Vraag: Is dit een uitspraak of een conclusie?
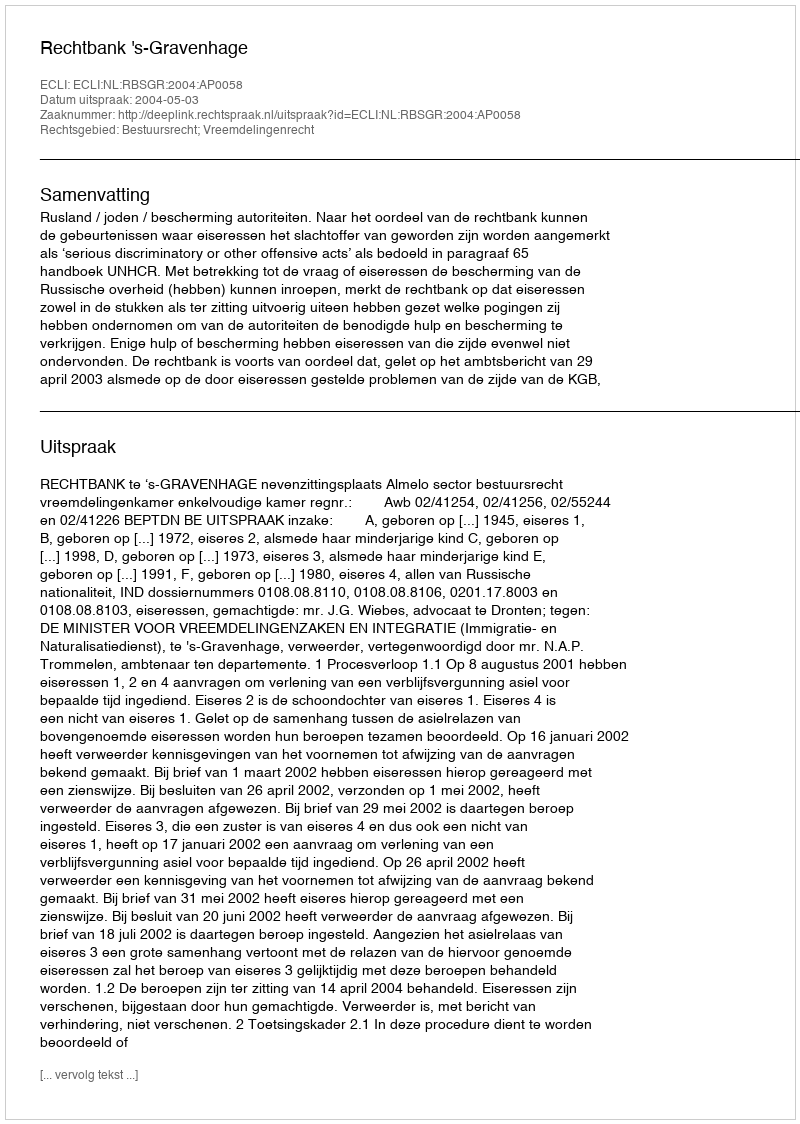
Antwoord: Uitspraak